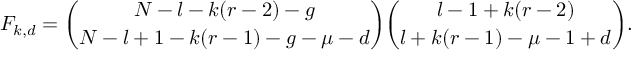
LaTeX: F _ { k , d } = { \binom { N - l - k ( r - 2 ) - g } { N - l + 1 - k ( r - 1 ) - g - \mu - d } } { \binom { l - 1 + k ( r - 2 ) } { l + k ( r - 1 ) - \mu - 1 + d } } .